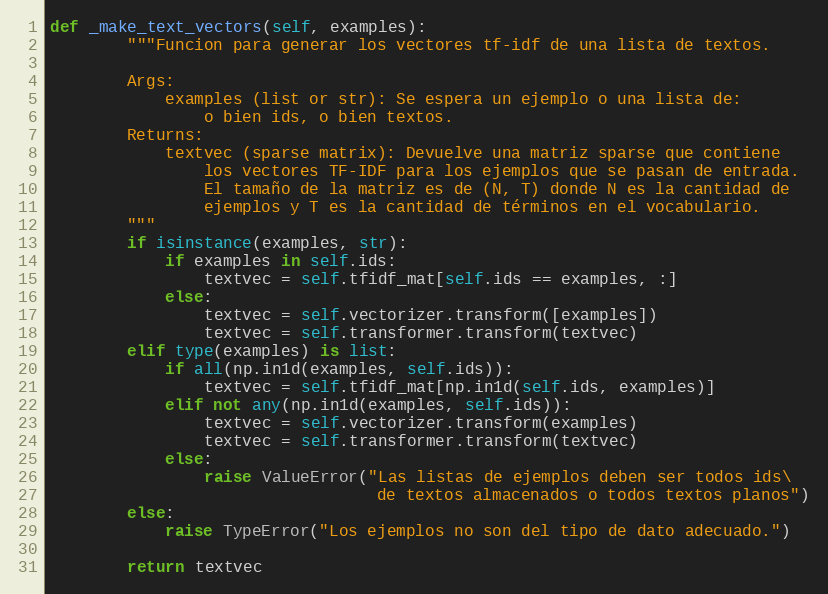
Language: Python
def _make_text_vectors(self, examples):
        """Funcion para generar los vectores tf-idf de una lista de textos.

        Args:
            examples (list or str): Se espera un ejemplo o una lista de:
                o bien ids, o bien textos.
        Returns:
            textvec (sparse matrix): Devuelve una matriz sparse que contiene
                los vectores TF-IDF para los ejemplos que se pasan de entrada.
                El tamaño de la matriz es de (N, T) donde N es la cantidad de
                ejemplos y T es la cantidad de términos en el vocabulario.
        """
        if isinstance(examples, str):
            if examples in self.ids:
                textvec = self.tfidf_mat[self.ids == examples, :]
            else:
                textvec = self.vectorizer.transform([examples])
                textvec = self.transformer.transform(textvec)
        elif type(examples) is list:
            if all(np.in1d(examples, self.ids)):
                textvec = self.tfidf_mat[np.in1d(self.ids, examples)]
            elif not any(np.in1d(examples, self.ids)):
                textvec = self.vectorizer.transform(examples)
                textvec = self.transformer.transform(textvec)
            else:
                raise ValueError("Las listas de ejemplos deben ser todos ids\
                                  de textos almacenados o todos textos planos")
        else:
            raise TypeError("Los ejemplos no son del tipo de dato adecuado.")

        return textvec